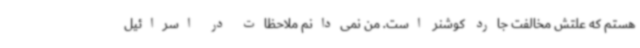
هستم که علتش مخالفت جارد کوشنر است. من نمی‌دانم ملاحظات در اسرائیل